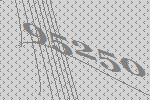
95250